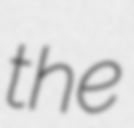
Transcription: the